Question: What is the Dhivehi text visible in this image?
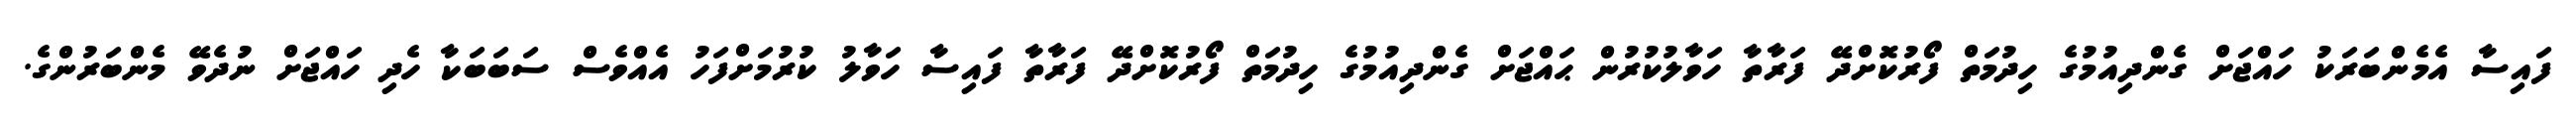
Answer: ފައިސާ އެމެންބަރަކު ހައްޖަށް ގެންދިއުމުގެ ހިދުމަތް ފޯރުކޮށްދޭ ފަރާތާ ހަވާލުކުރުން ޙައްޖަށް ގެންދިއުމުގެ ހިދުމަތް ފޯރުކޮށްދޭ ފަރާތާ ފައިސާ ހަވާލު ކުރުމަށްފަހު އެއްވެސް ސަބަބަކާ ހެދި ހައްޖަށް ނުދެވޭ މެންބަރުންގެ.